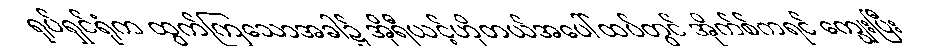
ရုပ်ရှင်ရုံက ထွက်ကြသောအခါ၌ အိုရီယင့်ဟိုတယ်အပေါ်ထပ်တွင် အိုက်စ်ကရင် ကျွေးပြီး